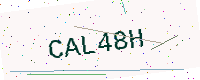
Text: CAL48H